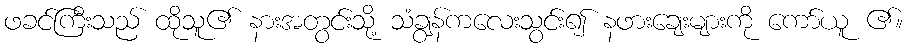
ဖခင်ကြီးသည် ထိုသူ၏ နားအတွင်းသို့ သံချွန်ကလေးသွင်း၍ နဖားချေးများကို ကော်ယူ ၏။